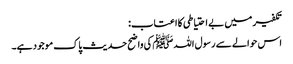
تکفیر میں بے احتیاطی کا اعتاب:
اس حوالے سے رسول اللہﷺ کی واضح حدیث پاک موجود ہے۔